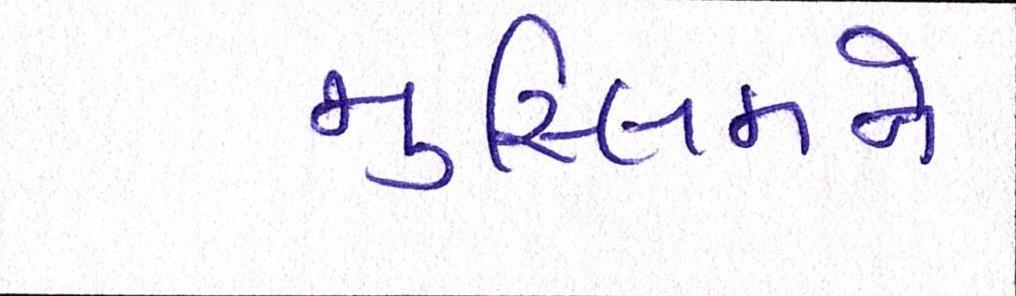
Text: મુસ્લિમને